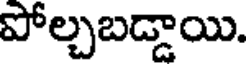
పోల్చబడ్డాయి.